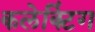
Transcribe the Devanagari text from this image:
कलेक्टिंग